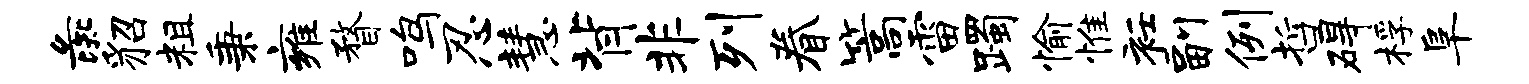
彘貂粗秉雍瞀鸣忍慧背非列眷篙雷躅愉惟衽副例哲碍桴阜